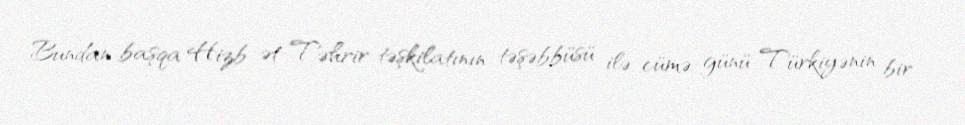
Bundan başqa Hizb ət-Təhrir təşkilatının təşəbbüsü ilə cümə günü Türkiyənin bir